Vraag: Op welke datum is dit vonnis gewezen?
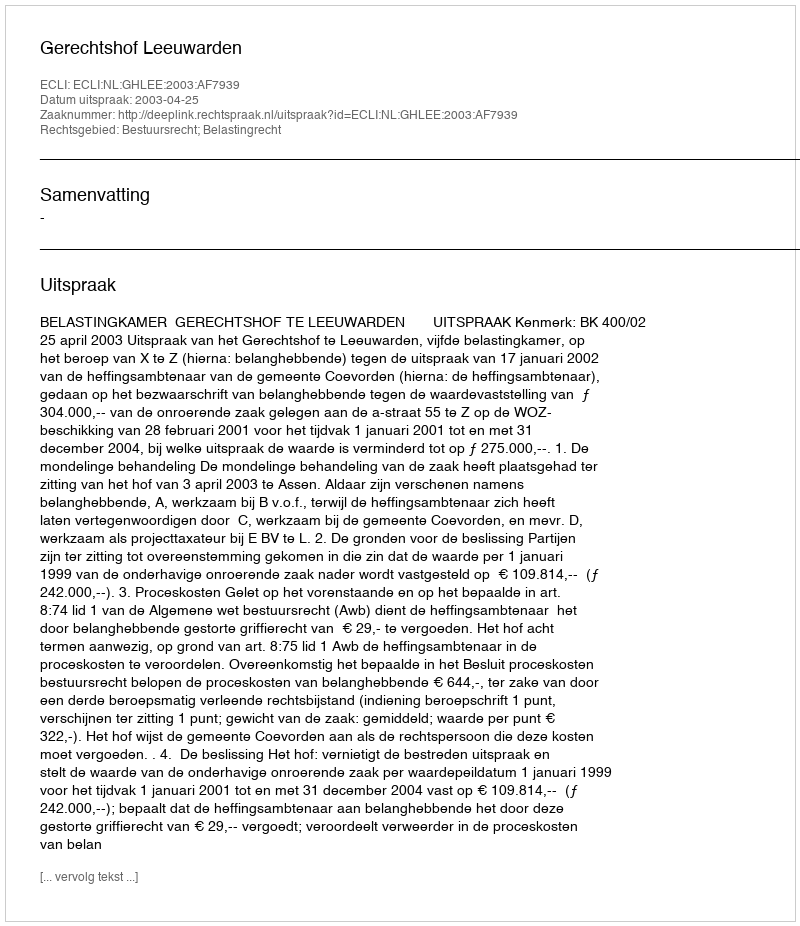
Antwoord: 2003-04-25